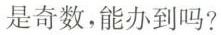
是奇数，能办到吗?